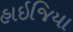
હાઇજિયા